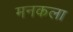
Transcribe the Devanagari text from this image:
मनकला